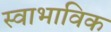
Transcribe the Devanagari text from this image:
स्‍वाभाविक